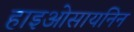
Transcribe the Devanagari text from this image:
हाइओसायनिन